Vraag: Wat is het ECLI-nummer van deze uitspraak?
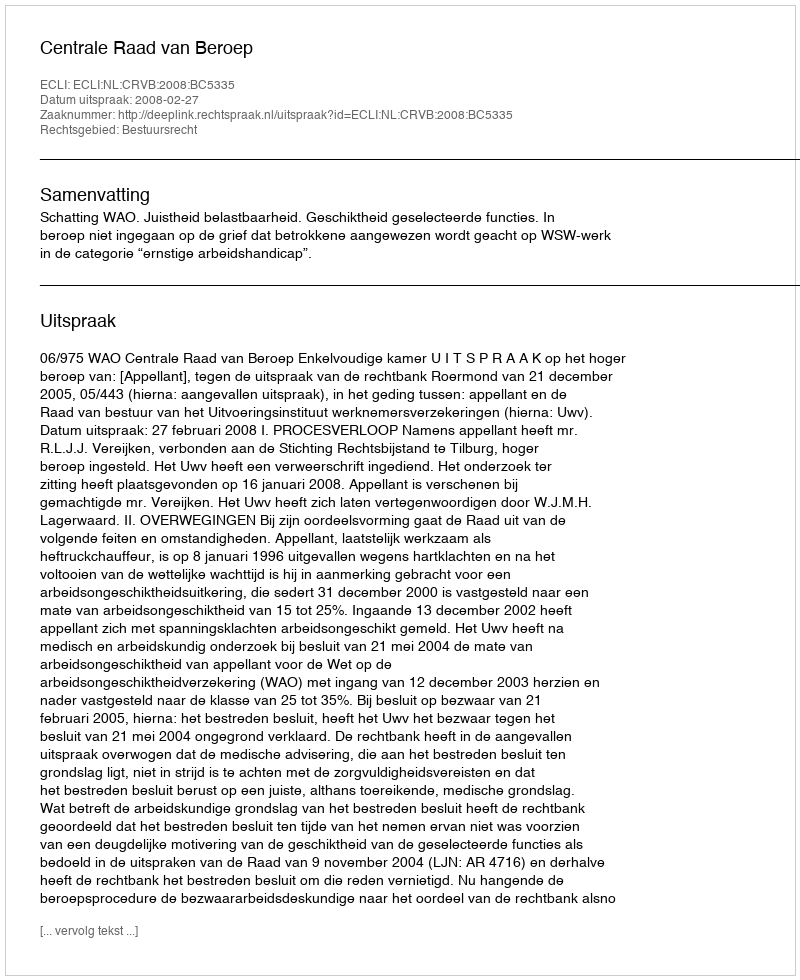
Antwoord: ECLI:NL:CRVB:2008:BC5335